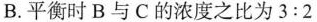
B.平衡时B与C的浓度之比为3:2